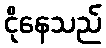
ငိုနေသည်